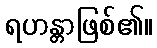
ရဟန္တာဖြစ်၏။